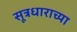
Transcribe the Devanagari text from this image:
सूत्रधाराच्या